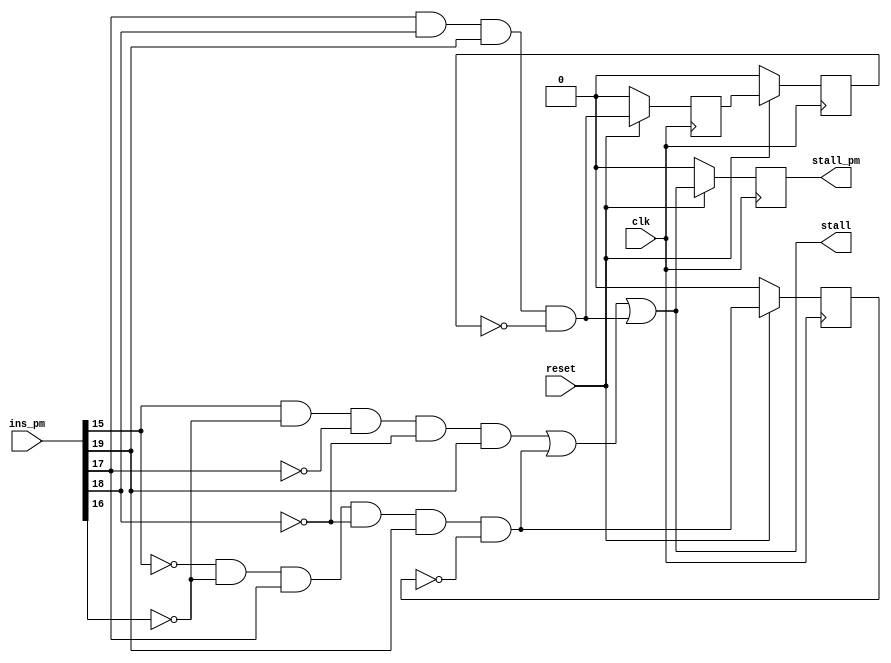
`timescale 1ns / 1ps

//Group number : 16
//Group name : The Intellites
//Module name : Stall Control Block Logic

//////////////////////////////////////////////////////////////////////////////////
// Company: 
// Engineer: 
// 
// Design Name: 
// Module Name:    Stall_Control_Block 
// Project Name: 
// Target Devices: 
// Tool versions: 
// Description: 
//
// Dependencies: 
//
// Revision: 
// Revision 0.01 - File Created
// Additional Comments: 
//
//////////////////////////////////////////////////////////////////////////////////
module Stall_Control_Block(stall, stall_pm, ins_pm, clk, reset);


//output declaration
output stall;
output reg stall_pm;

//input declaration
input [19:0] ins_pm;
input clk, reset;


//temp variables
wire hlt_out, ld_out, jump_out;
wire temp_ld, temp_j1,temp_j2,temp;
reg t1,t2,t3;


//logic for all and and or gates
assign hlt_out = (ins_pm[15] & (~ins_pm[16]) & (~ins_pm[17]) & (~ins_pm[18]) & ins_pm[19]);
assign ld_out = ((~ins_pm[15]) & (~ins_pm[16]) & ins_pm[17] & (~ins_pm[18]) & ins_pm[19] & (~t1));
assign jump_out = (ins_pm[17] & ins_pm[18] & ins_pm[19] & (~t3));
assign stall = ( hlt_out | ld_out | jump_out);


//muxes for register block for reset
assign temp_ld = (reset == 1'b0) ? 1'b0 : ld_out;
assign temp_j1 = (reset == 1'b0) ? 1'b0 : jump_out;
assign temp_j2 = (reset == 1'b0) ? 1'b0 : t2;
assign temp = (reset == 1'b0) ? 1'b0 : stall;


//logic for register blocks
always@(posedge clk)
begin

   t1 <= temp_ld;
	t2 <= temp_j1;
	t3 <= temp_j2;
	stall_pm <= temp;

end

endmodule